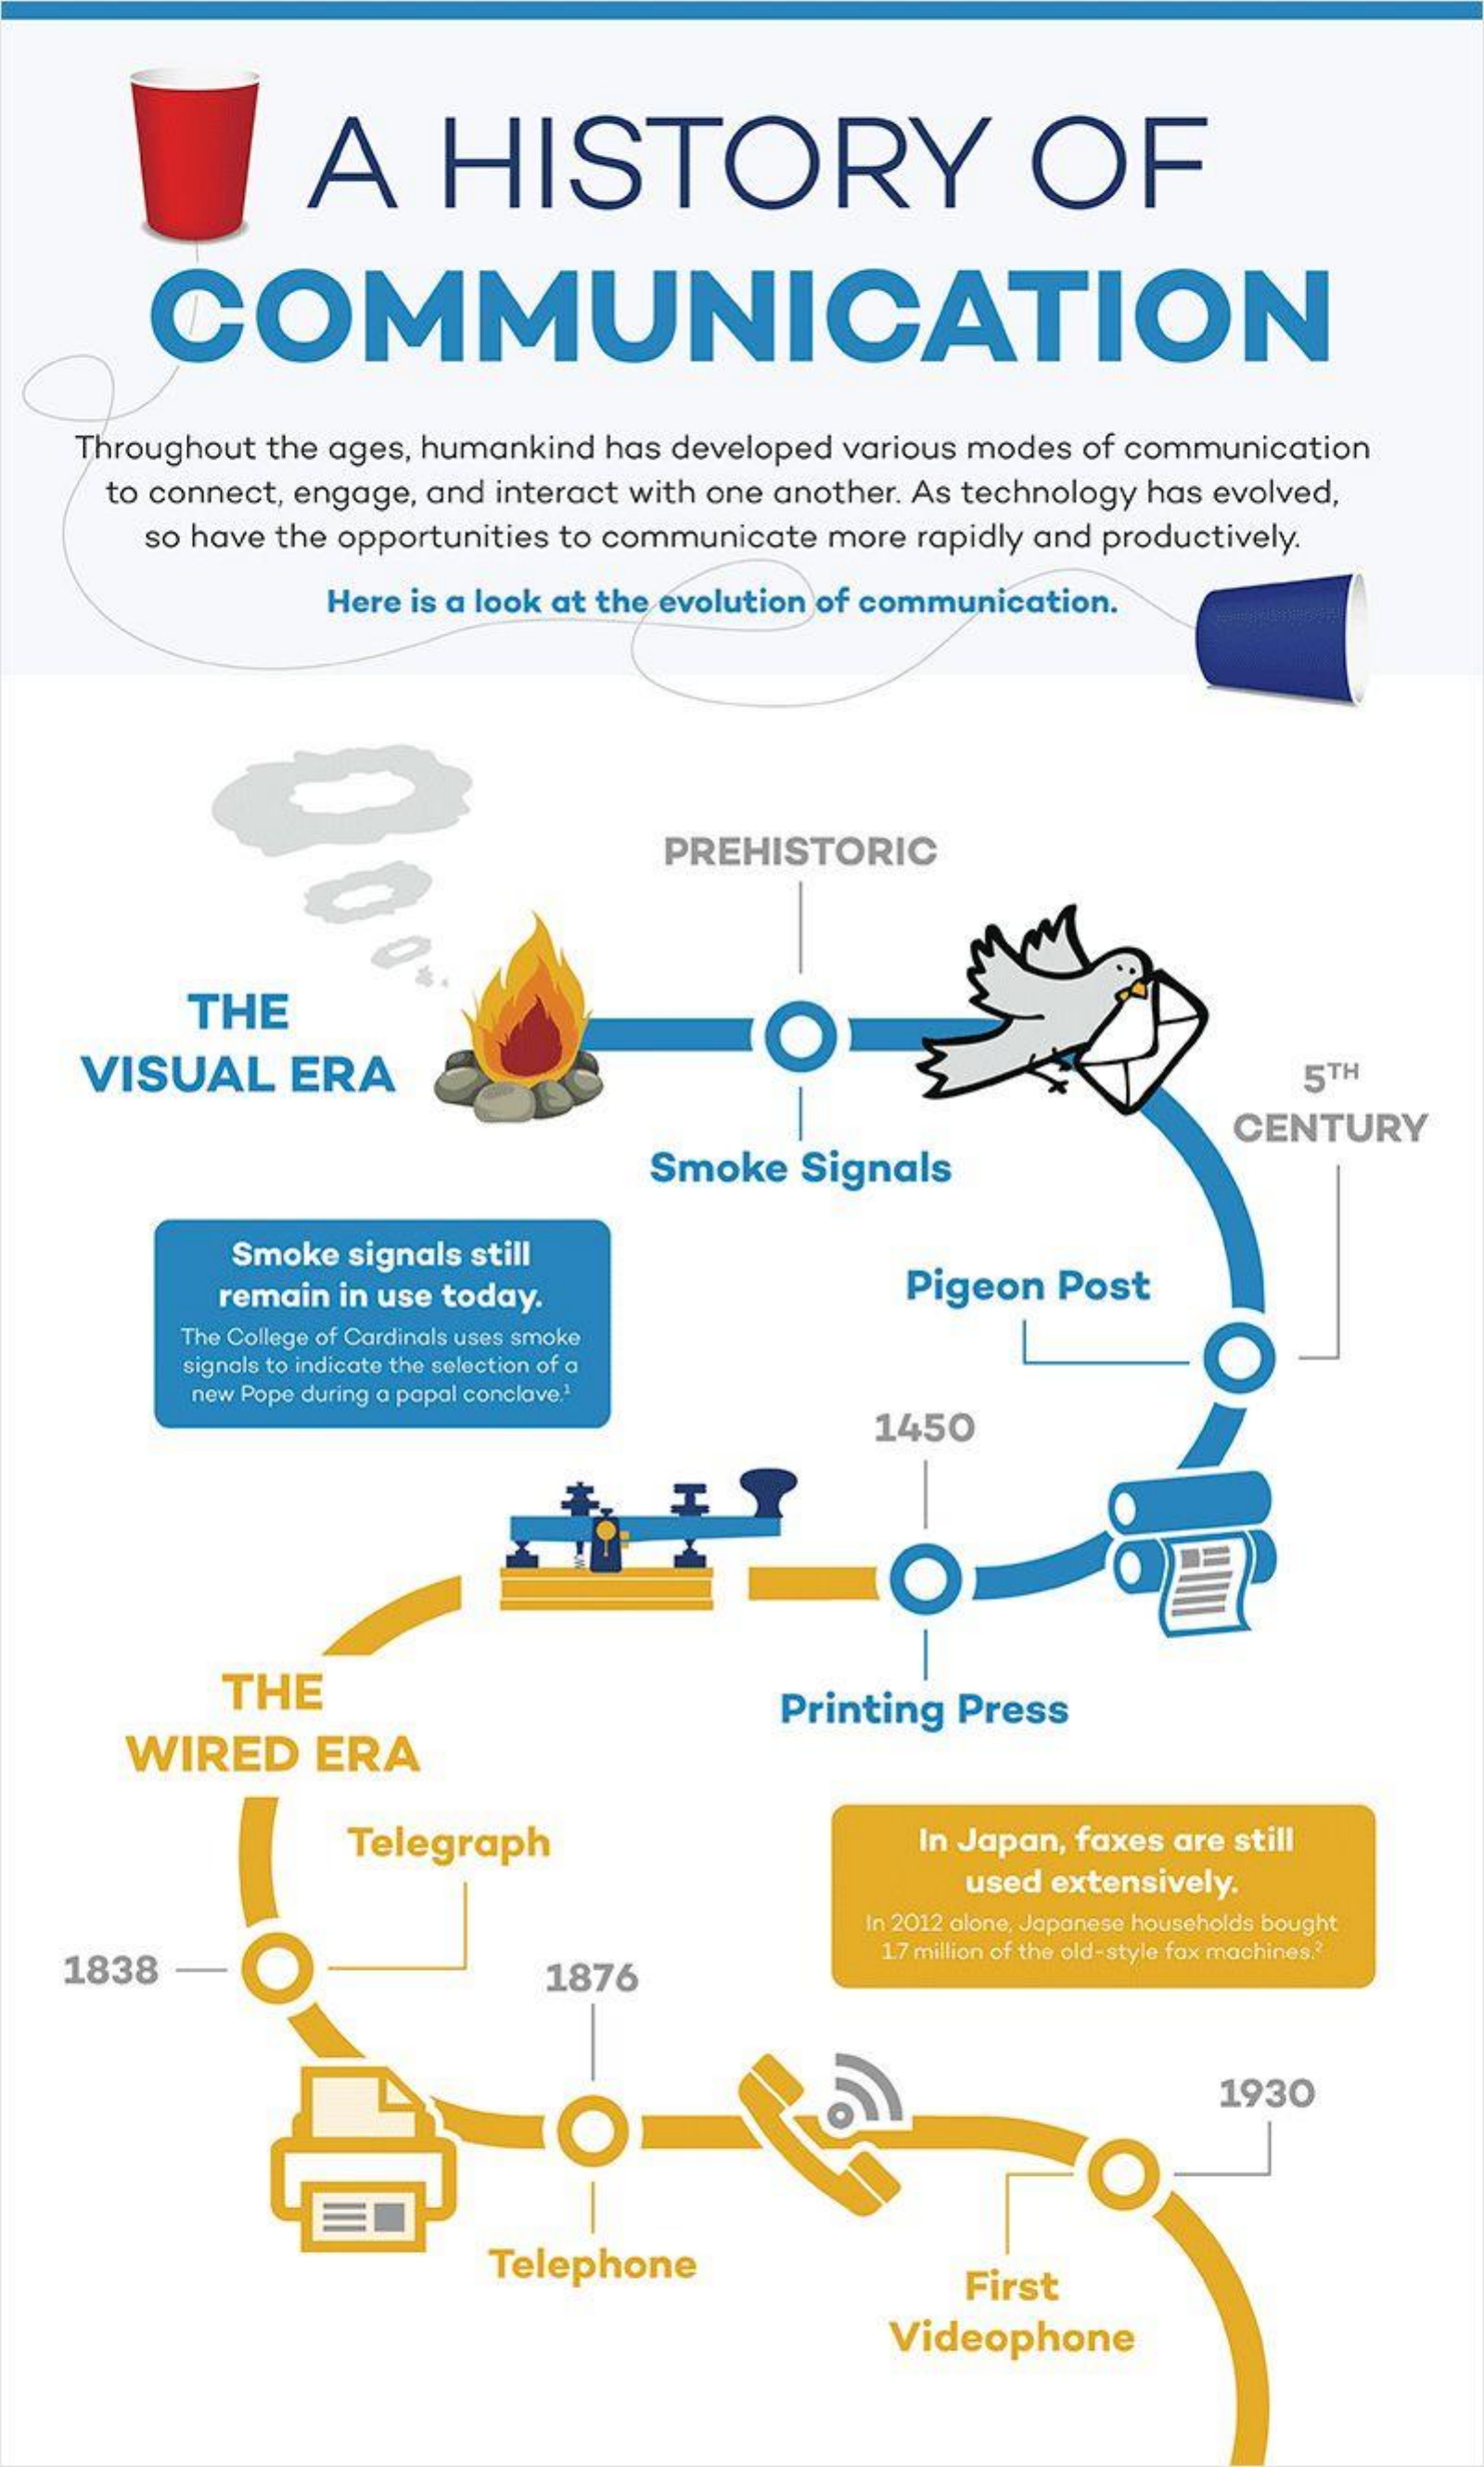
A    HISTORY    OF
     COMMUNICATION
    Throughout the ages, humankind has developed various modes of communication
     to connect, engage, and interact with one another. As technology has evolved,
     so have the opportunities to communicate more rapidly and productively.
     Here is a look at the evolution of communication.
     PREHISTORIC
     THE
     VISUAL    ERA    5TH
     Smoke   Signals
     CENTURY
     Smoke signals still
     remain in use today.    Pigeon  Post
     The College of Cardinals uses smoke
     signals to indicate the selection of a
     new Pope during a papal conclave1
     1450
     THE
     WIRED    ERA
     Printing Press
     Telegraph    In Japan, faxes are still
     used extensively.
     In 2012 alone, Japanese households bought
    1838    1876
     1.7 million of the old-style fax machines .?
     1930
     Telephone
     First
     Videophone